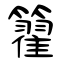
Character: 籊